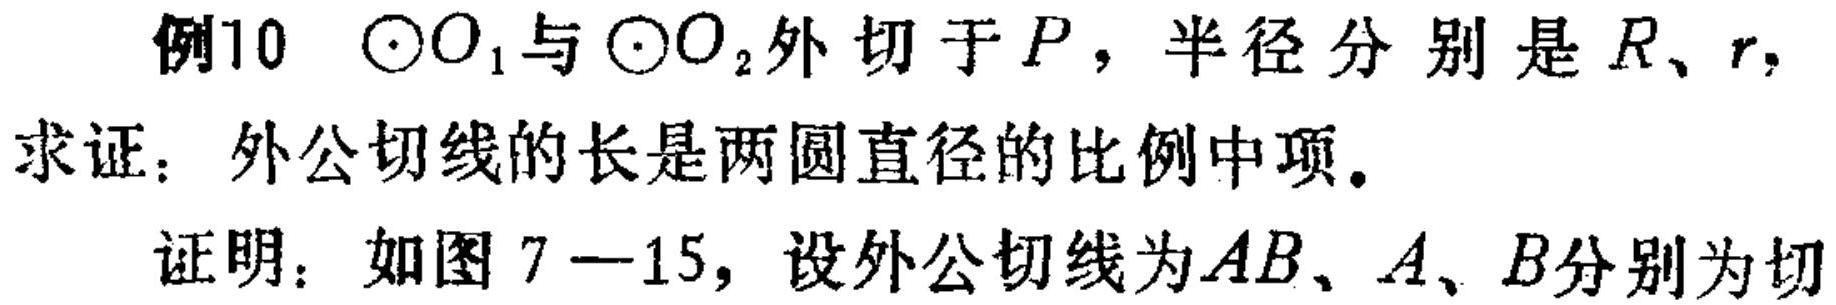
例10 $\odot O_{1}$与$\odot O_{2}$外切于$P$，半径分别是$R、r,$
求证：外公切线的长是两圆直径的比例中项。
证明：如图$7 - 15$，设外公切线为$AB$、$A、B$分别为切